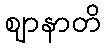
ဈာနာတိ